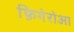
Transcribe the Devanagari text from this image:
फ़िगेरोआ